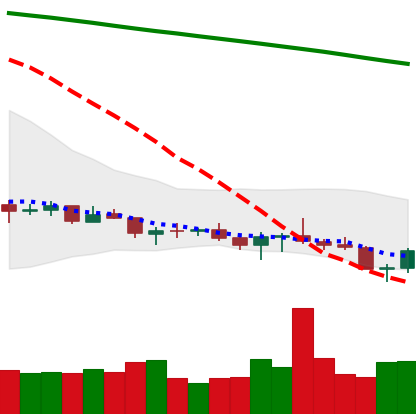
Ticker: XLM-USD
Chart end date: 2021-07-21
Forward return: 14.766%
Label: up_7plus